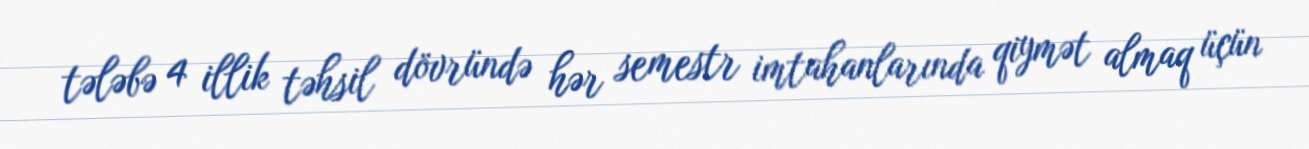
tələbə 4 illik təhsil dövründə hər semestr imtahanlarında qiymət almaq üçün